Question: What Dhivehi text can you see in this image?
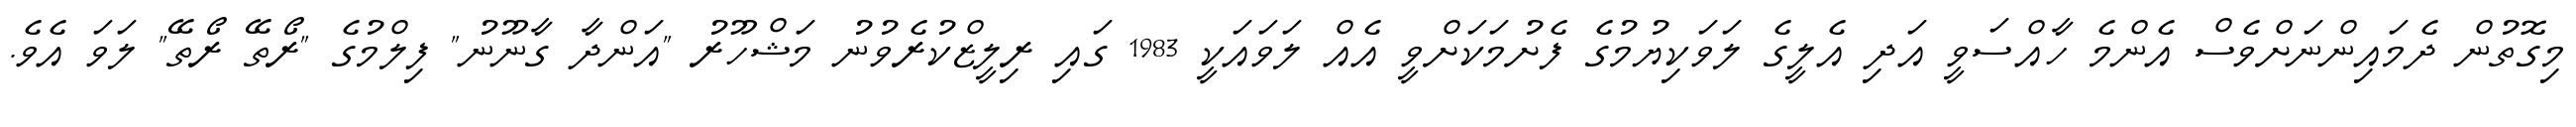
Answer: މިގޮތުން ދެމައިންނަށްވެސް އެންމެ ހާއްސަވީ އަދި އެލީގެ ލަވަކިޔުމުގެ ފެށުމަކަށްވީ އެއް ލަވައަކީ 1983 ގައި ރިލީޒްކުރެވުނު މަޝްހޫރު "އަންދާ ގާނޫނު" ފިލްމުގެ "ރޯތޭ ރޯތޭ" ލަވަ އެވެ.